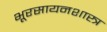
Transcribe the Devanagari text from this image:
भूरसायनशास्त्र